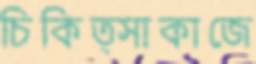
চিকিত্সাকাজে